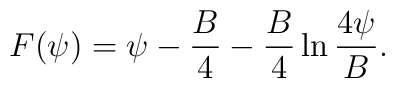
F(\psi)=  \psi -{B \over 4} - {B \over 4} \ln {4\psi \over B} .